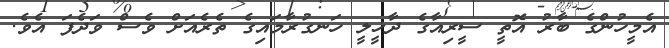
އެމީހުންގެ ބާރު އޮތީ ސީރިއާގެ ދާޚީލީ ހަނގުރާމައިގެ ތެރެއަށް ވެސް ވަދެފަ އެވެ.